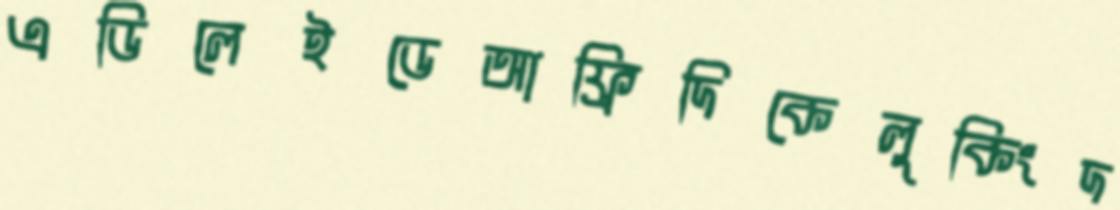
এডিলেইডেআফ্রিদিকেলুকিংদ